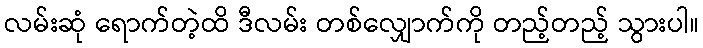
လမ်းဆုံ ရောက်တဲ့ထိ ဒီလမ်း တစ်လျှောက်ကို တည့်တည့် သွားပါ။